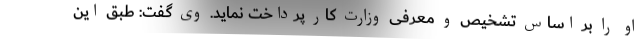
او را بر اساس تشخیص و معرفی وزارت کار پرداخت نماید. وی گفت: طبق این